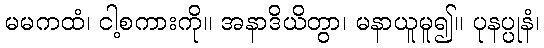
မမကထံ၊ ငါ့စကားကို။ အနာဒိယိတွာ၊ မနာယူမူ၍။ ပုနပ္ပုနံ၊